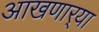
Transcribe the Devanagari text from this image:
आखणार्‍या